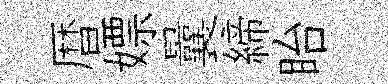
暦嫖曩締眙